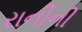
રાનીની